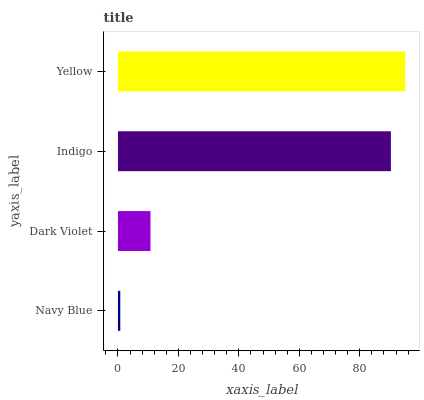
| yaxis_label | bars |
 | --- | --- |
 | Navy Blue | 0.773 |
 | Dark Violet | 10.8 |
 | Indigo | 90.3 |
 | Yellow | 95 |